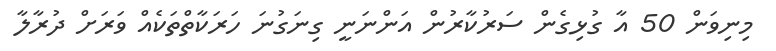
މިނިވަން 50 އާ ގުޅިގެން ސަރުކާރުން އަންނަނީ ގިނަގުނަ ހަރަކާތްތަކެއް ވަރަށް ދުރާލާ